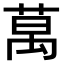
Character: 𫈧